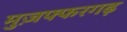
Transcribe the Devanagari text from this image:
मुज़फ्फरगढ़